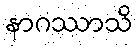
နာဂဿာသိ